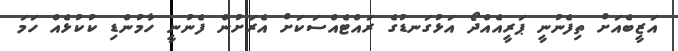
އަޒީބެއަށް ތިފެނުނީ ޕަރީއެއްދޯ އަޅުގަނޑުގެ ރައްޓެއްސަކަށް އެރަށުން ފެނުނީ ހާމުންޑި ކުކުޅެއް ހަމަ